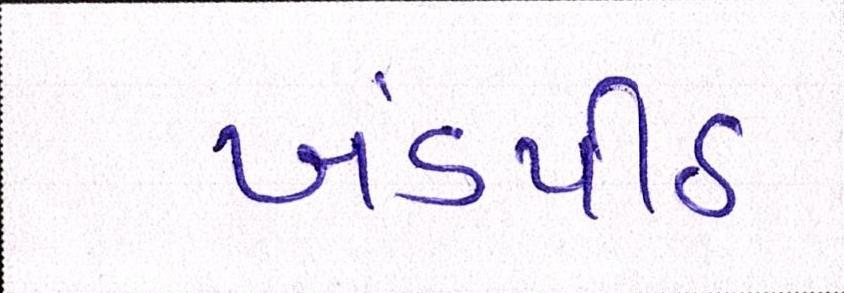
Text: ખંડપીઠ